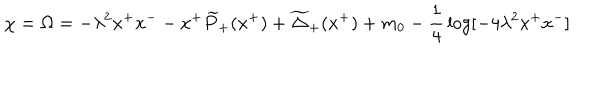
\chi = \Omega = - \lambda ^ { 2 } x ^ { + } x ^ { - } - x ^ { + } \widetilde { P } _ { + } ( x ^ { + } ) + \widetilde { \Delta } _ { + } ( x ^ { + } ) + m _ { 0 } - { \frac { 1 } { 4 } } \log [ - 4 \lambda ^ { 2 } x ^ { + } x ^ { - } ]